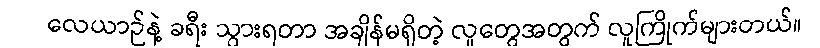
လေယာဉ်နဲ့ ခရီး သွားရတာ အချိန်မရှိတဲ့ လူတွေအတွက် လူကြိုက်များတယ်။